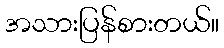
အသားပြန်စားတယ်။